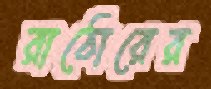
রাঠোরের